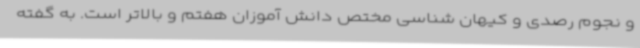
و نجوم رصدی و کیهان شناسی مختص دانش آموزان هفتم و بالاتر است. به گفته